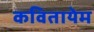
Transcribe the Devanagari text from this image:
कवितायेम